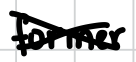
Text: former
Cross-out: cross
Writing tool: digital_black